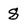
Character: 8